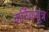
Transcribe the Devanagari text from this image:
वार्तिकसूत्र